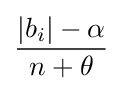
{\frac {|b_{i}|-\alpha }{n+\theta }}